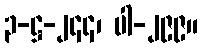
၃-ဋ္ဌ-၂၄၄၊ ပါ-၂၉၉။